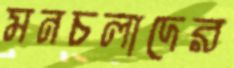
মনচলাদের